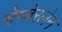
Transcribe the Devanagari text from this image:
चेम्बेरलेन